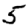
Digit: 5